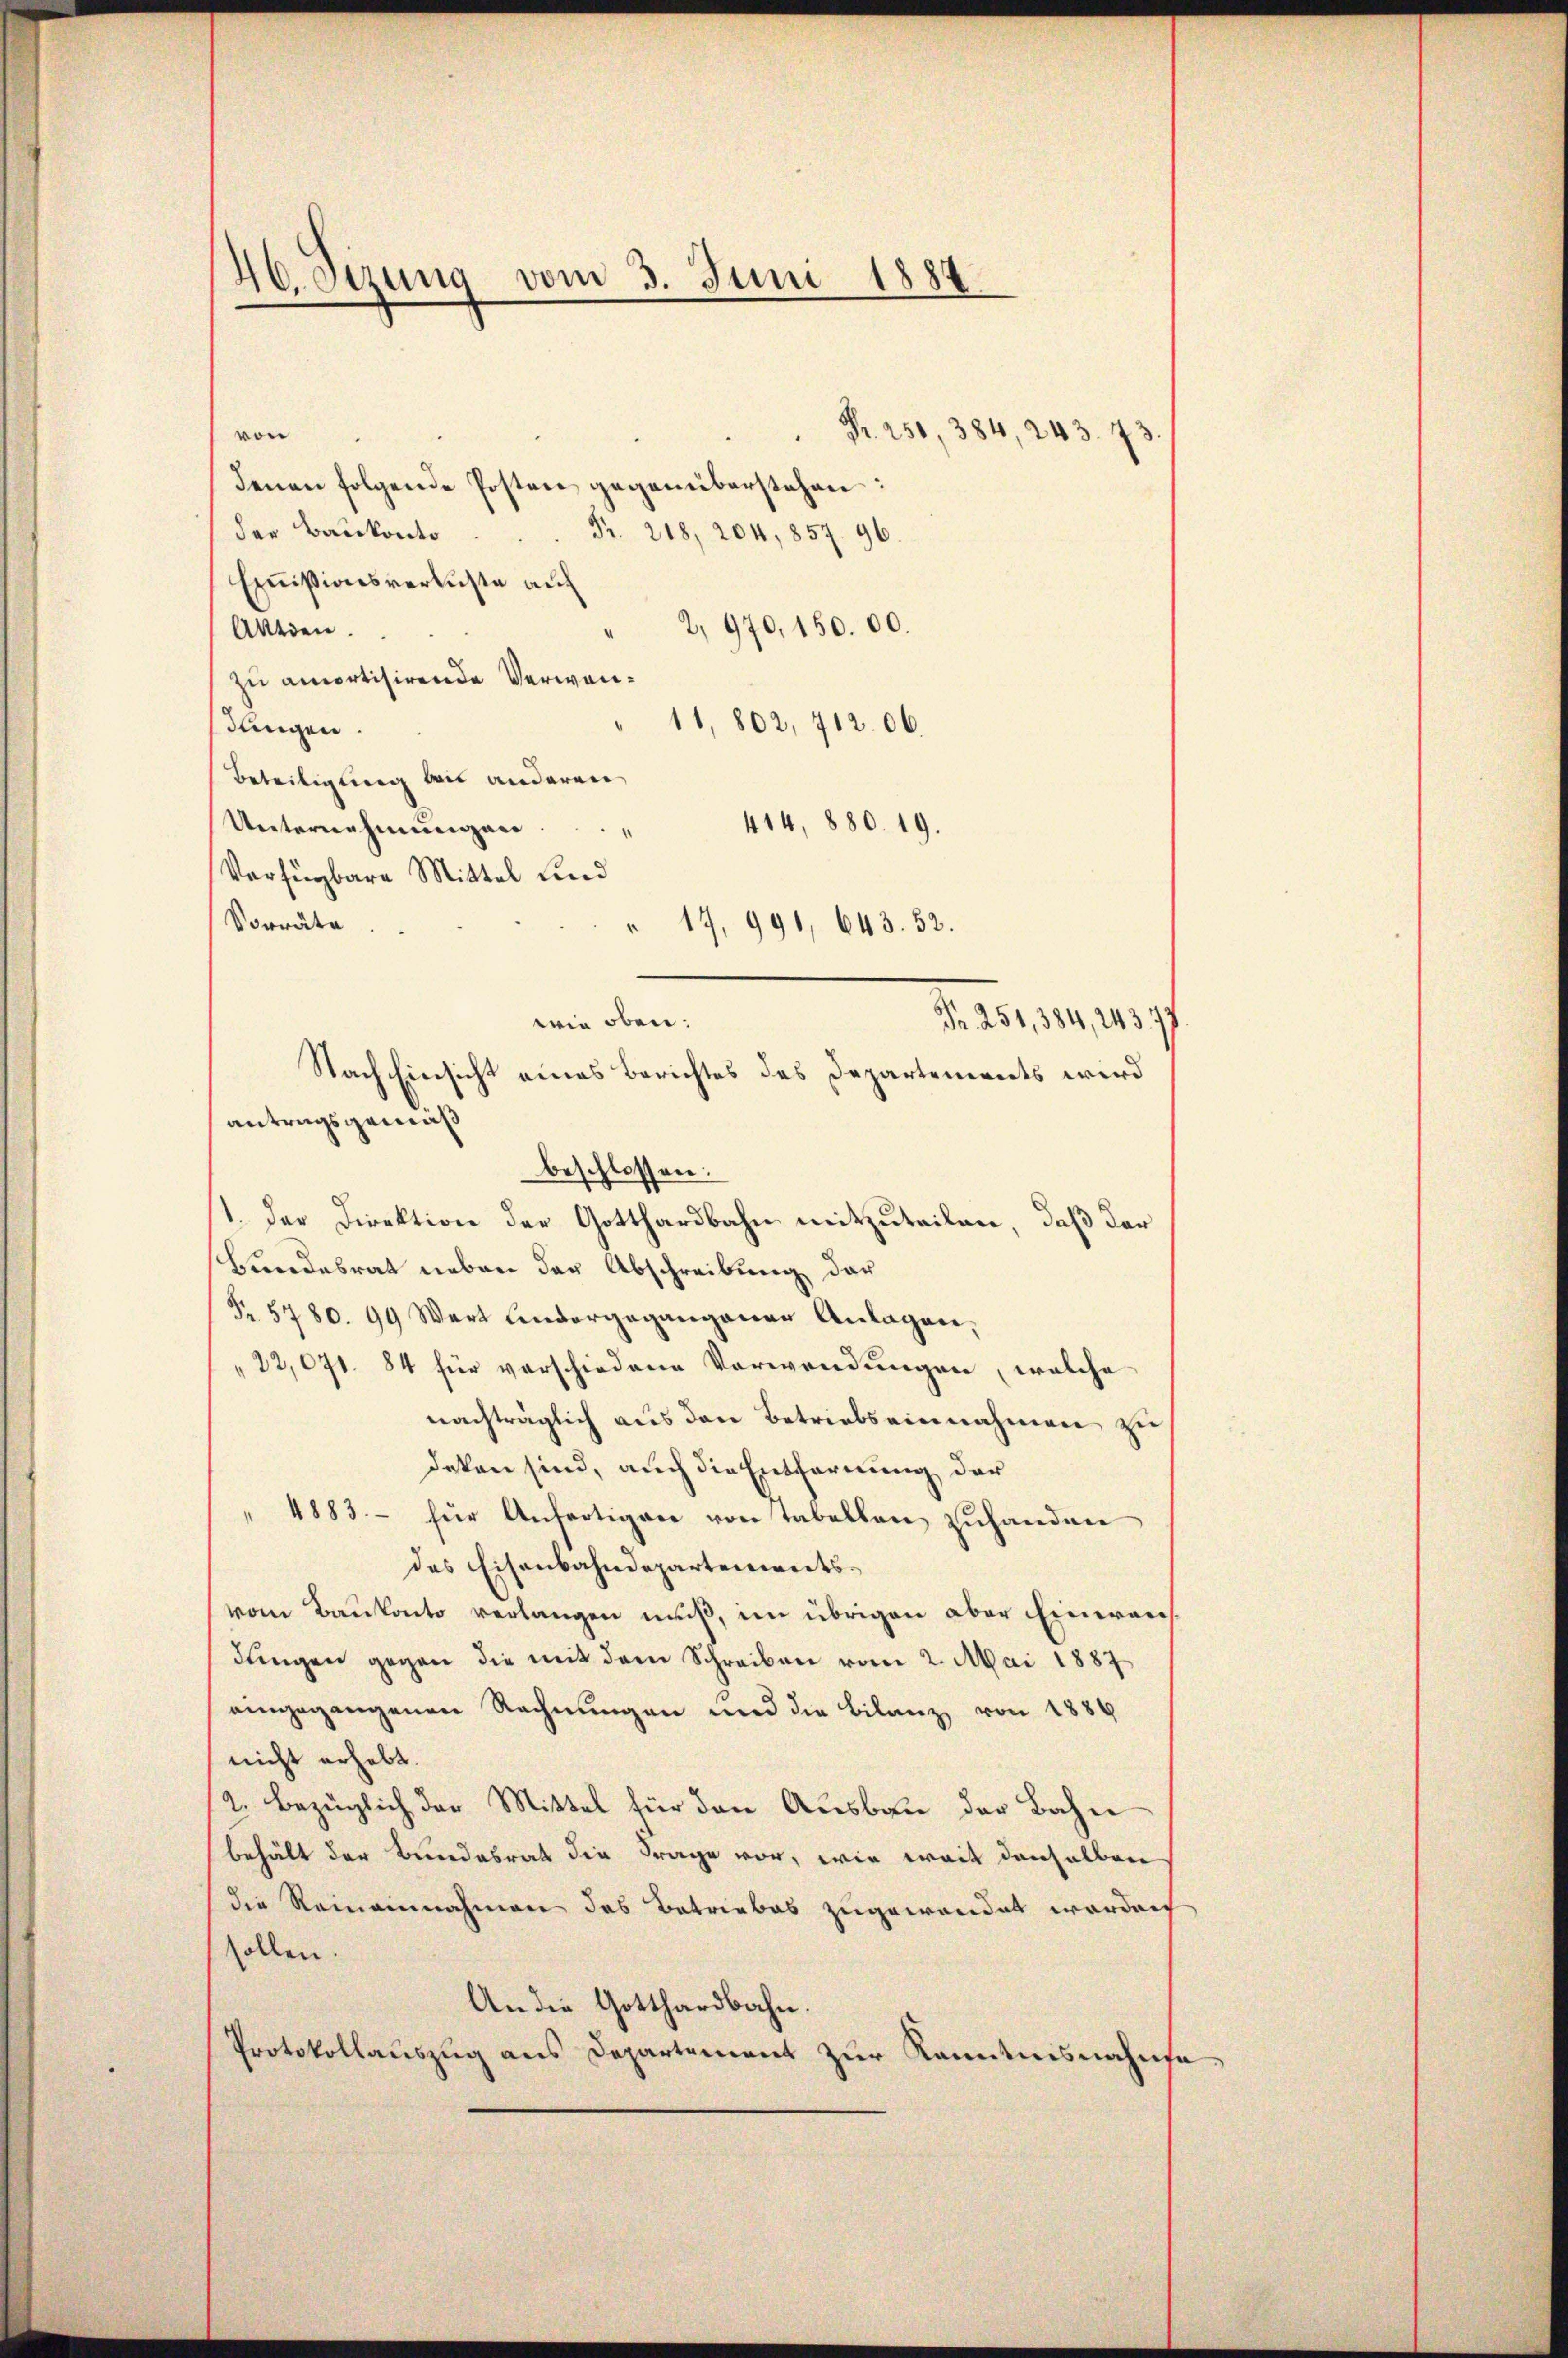
46. Sezung vom 3. Juni 1884.
von
Pr. 251, 384, 243. 73
denen folgende Posten gegenüberstehen:

der Baukonto
Fr. 218, 204, 857. 96.
Emmissionsverluste auf
2, 970,150. 00.
Akten.
zu amortisirende Verwan¬
11,802, 712. 06.
dingen.
Beseitigung beis anderen
414, 880. 19.
Unternehmungen
Fr. 5780. 99 Wert Lindergegangener Anlagen,
" 22,071. 84 für verschiedene Verwendungen, welche
nachträglich aus den Betriebs einnahmen zu
deken sind, auch die Entfernung der
" 4883. für Anfertigen von Tabelben zŭhandner
das Eisenbahndepartenweitsvom Baukarto verlangen muß, im übrigen aber Einweis
dungen gegen die mit dem Schreiben vom 2. Mai 1887
eingegangenen Rechnungen und die Bilanz von 1884
nicht erhebt.
2. Bezüglich der Mittel für den Ausbau der Bahn
behält der Bundesrat die Frage vor, wie weit denselben
die Reineinnahmen des Betriebes zugewandet worden
sollen.
An die Gotthardbahn.
Protokollauszug aus Departement zur Kenntnisnahmse

Verfügbare Mittel und
Vorräte
" 17, 991, 643. 52.
wie oben:
Nach Einsicht eines Berichtes des Departements wird
antragsgemäß
beschlossen:
11. Der Direktion der Gotthardbahn mitzuteilen, daß der
Bundesrat neben der Abschreibung der

Nr. 251, 384, 243. 77